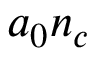
a _ { 0 } n _ { c }